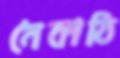
নৈকাঠি